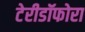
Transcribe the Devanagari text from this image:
टेरीडॉफोरा